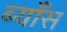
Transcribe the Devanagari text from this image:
ब्याँस